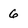
Character: 6